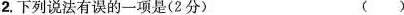
2.下列说法有误的一项是(2分 ()